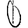
Digit: 0